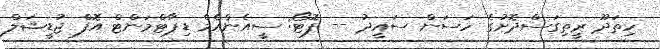
ހިތަދޫ ރީތިގަސްދޮށުގެ ހަސަން ސައީދު -- ފޮޓޯ: ސީއެންއެމް ޑިޕާޓްމަންޓް އޮފް ޖުޑީޝަލް